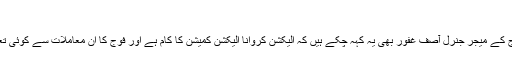
‘
پاکستانی فوج کے میجر جنرل آصف غفور بھی یہ کہہ چکے ہیں کہ الیکشن کروانا الیکشن کمیشن کا کام ہے اور فوج کا ان معاملات سے کوئی تعلق نہیں ہے۔